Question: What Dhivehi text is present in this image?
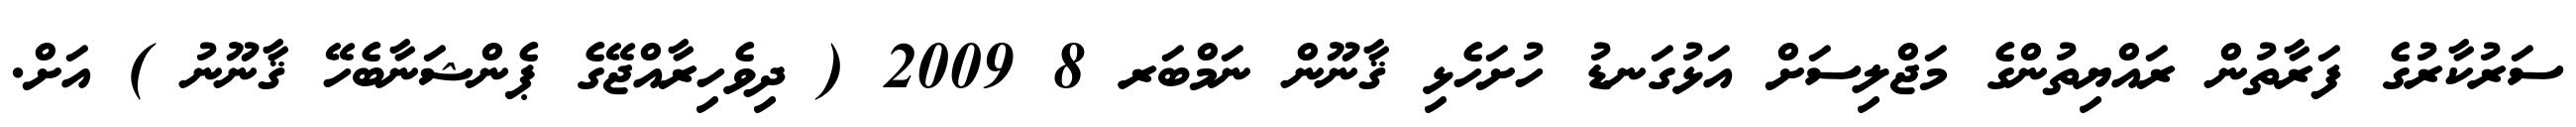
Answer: ސަރުކާރުގެ ފަރާތުން ރައްޔިތުންގެ މަޖްލިސަށް އަޅުގަނޑު ހުށަހެޅި ޤާނޫން ނަމްބަރ 8 2009 ( ދިވެހިރާއްޖޭގެ ޕެންޝަނާބެހޭ ޤާނޫނު ) އަށް.